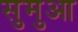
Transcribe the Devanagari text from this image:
सुमुआ